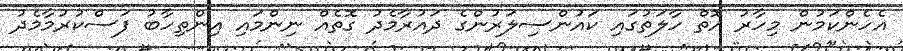
އެހެންކަމުން މިހާރު އޮތް ހާލަތުގައި ކައުންސިލަރުންގެ ދައުރާމެދު ގޮތެއް ނިންމައި އިންތިހާބު ފަސްކުރުމާމެދު